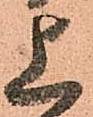
上